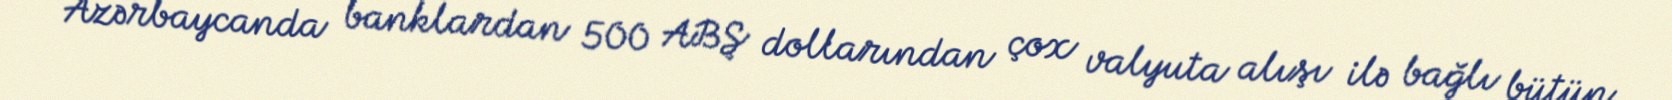
Azərbaycanda banklardan 500 ABŞ dollarından çox valyuta alışı ilə bağlı bütün